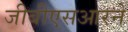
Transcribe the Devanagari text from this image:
जीबीएसआरने